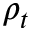
\rho _ { t }